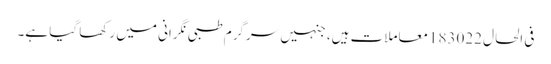
فی الحال 183022معاملات ہیں، جنہیں سرگرم طبی نگرانی میں رکھا گیا ہے۔